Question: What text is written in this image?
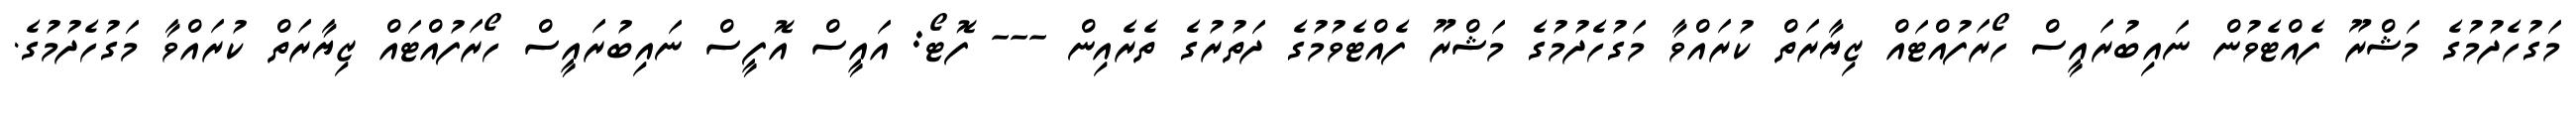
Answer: މަގުހެދުމުގެ މަޝްރޫ ފެއްޓެވުން ނައިބުރައީސް ހޯރަފުއްޓައް ޒިޔާރަތް ކުރައްވާ މަގުހެދުމުގެ މަޝްރޫ ފެއްޓެވުމުގެ ދަތުރުގެ ތެރެއިން --- ފޮޓޯ: އައީސް އޮފީސް ނައިބުރައީސް ހޯރަފުއްޓައް ޒިޔާރަތް ކުރައްވާ މަގުހެދުމުގެ.